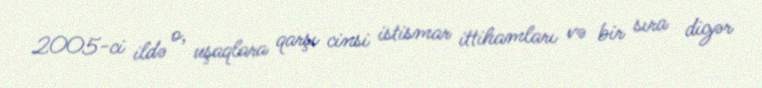
2005-ci ildə o, uşaqlara qarşı cinsi istismar ittihamları və bir sıra digər